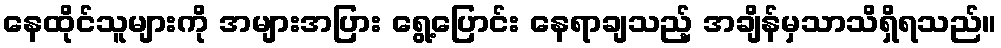
နေထိုင်သူများကို အများအပြား ရွေ့ပြောင်း နေရာချသည့် အချိန်မှသာသိရှိရသည်။